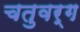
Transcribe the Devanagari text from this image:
चतुवर्ग